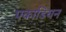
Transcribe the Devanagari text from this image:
एकाडियन